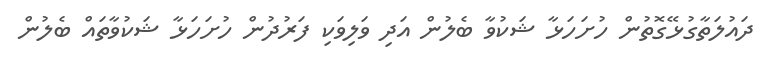
ދައުލަތާގުޅޭގޮތުން ހުށަހަޅާ ޝަކުވާ ބެލުން އަދި ވަލިވަކި ފަރުދުން ހުށަހަޅާ ޝަކުވާތައް ބެލުން